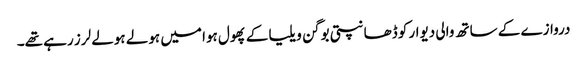
دروازے کے ساتھ والی دیوار کو ڈھانپتی بوگن ویلیا کے پھول ہوا میں ہولے ہولے لرز رہے تھے۔